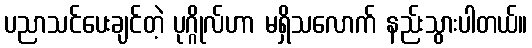
ပညာသင်ပေးချင်တဲ့ ပုဂ္ဂိုလ်ဟာ မရှိသလောက် နည်းသွားပါတယ်။